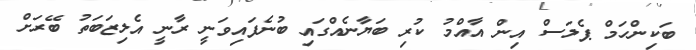
ބަކިންހަމް ޕެލަސް އިން އާއްމު ކުރި ބަޔާނެއްގައި ބުނެފައިވަނީ ރާނީ އެލިޒަބަތު ބޭރަށް